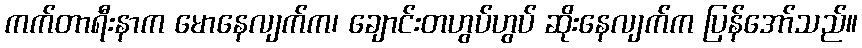
ကက်တာရီးနာက မောနေလျက်က၊ ချောင်းတဟွပ်ဟွပ် ဆိုးနေလျက်က ပြန်အော်သည်။